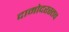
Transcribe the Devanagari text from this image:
दामोदरस्तव